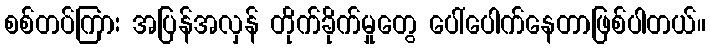
စစ်တပ်ကြား အပြန်အလှန် တိုက်ခိုက်မှုတွေ ပေါ်ပေါက်နေတာဖြစ်ပါတယ်။